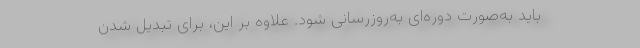
باید به‌صورت دوره‌ای به‌روزرسانی شود. علاوه بر این، برای تبدیل شدن